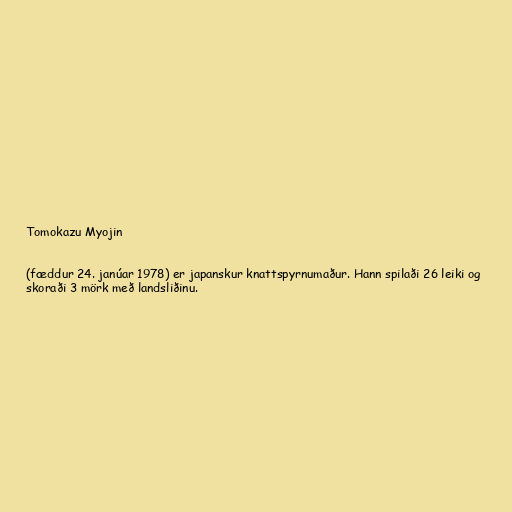
Tomokazu Myojin

(fæddur 24. janúar 1978) er japanskur knattspyrnumaður. Hann spilaði 26 leiki og
skoraði 3 mörk með landsliðinu.